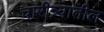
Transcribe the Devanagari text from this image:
चारीत्र्यातील